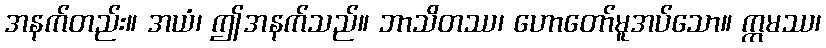
အနက်တည်း။ အယံ၊ ဤအနက်သည်။ ဘာသိတဿ၊ ဟောတော်မူအပ်သော။ ဣမဿ၊